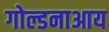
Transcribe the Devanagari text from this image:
गोल्डनाआय